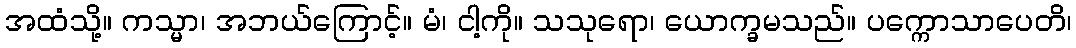
အထံသို့။ ကသ္မာ၊ အဘယ်ကြောင့်။ မံ၊ ငါ့ကို။ သသုရော၊ ယောက္ခမသည်။ ပက္ကောသာပေတိ၊